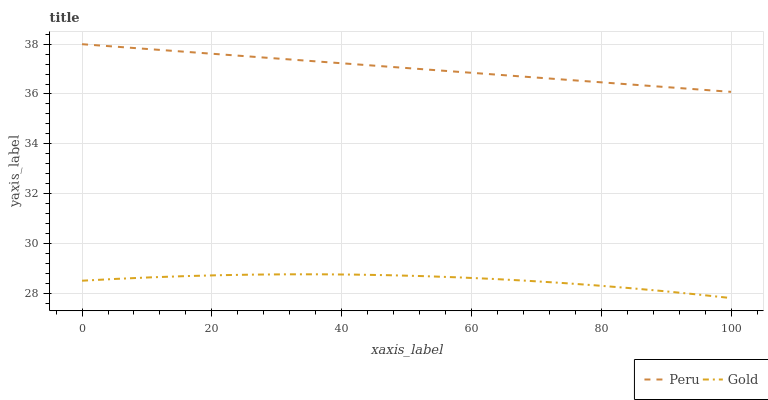
| xaxis_label | Peru | Gold |
 | --- | --- | --- |
 | 0 | 38 | 28.5 |
 | 5.26 | 37.9 | 28.6 |
 | 10.5 | 37.8 | 28.6 |
 | 15.8 | 37.7 | 28.7 |
 | 21.1 | 37.6 | 28.7 |
 | 26.3 | 37.5 | 28.7 |
 | 31.6 | 37.4 | 28.8 |
 | 36.8 | 37.3 | 28.8 |
 | 42.1 | 37.2 | 28.7 |
 | 47.4 | 37.1 | 28.7 |
 | 52.6 | 37 | 28.7 |
 | 57.9 | 36.9 | 28.6 |
 | 63.2 | 36.8 | 28.6 |
 | 68.4 | 36.7 | 28.5 |
 | 73.7 | 36.6 | 28.4 |
 | 78.9 | 36.5 | 28.3 |
 | 84.2 | 36.4 | 28.2 |
 | 89.5 | 36.3 | 28.1 |
 | 94.7 | 36.2 | 27.9 |
 | 100 | 36.1 | 27.8 |